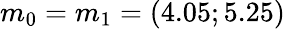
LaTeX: m_{0}=m_{1}=(4.05;5.25)